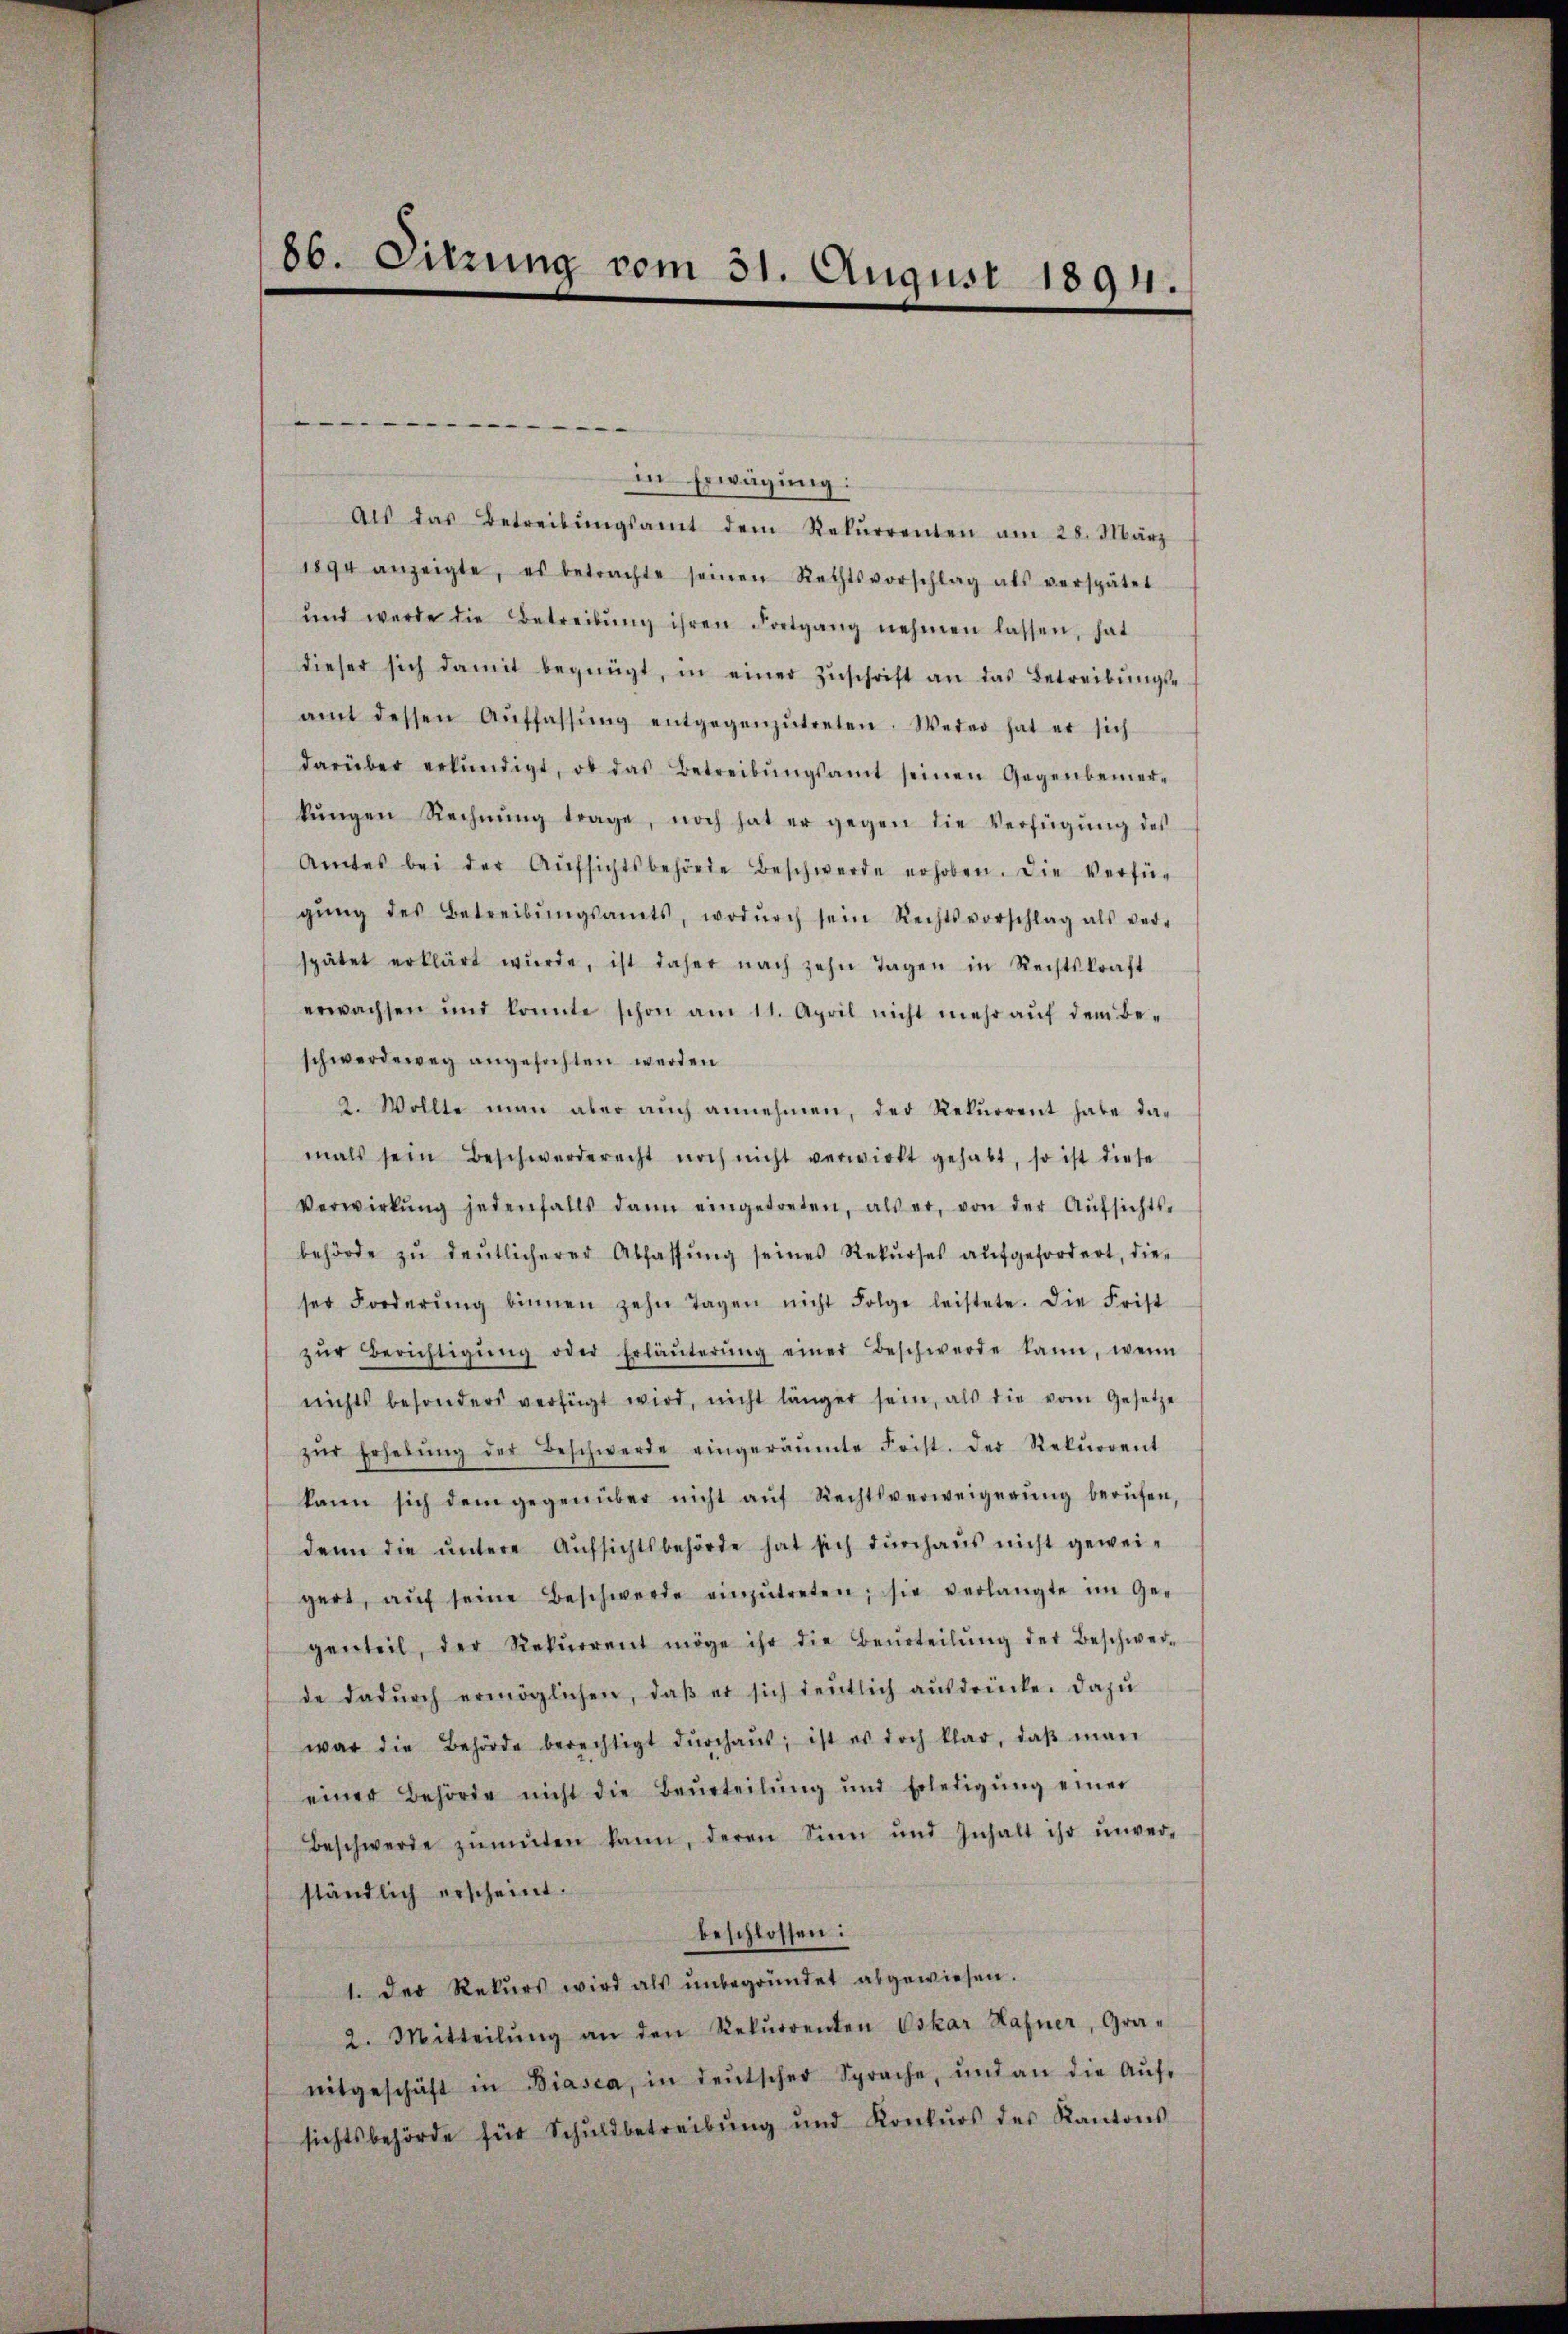
86. Sitzung vom 31. August 1894.

in Erwägung:
Als das Betreibŭngsamt dem Rekŭrrenten am 28. März
1894 anzeigte, es betrachte seinen Rechtsvorschlag als verspätet
und werde die Betreibŭng ihren Fortgang nehmen lassen, hat
dieser sich damit begnügt, in einer Zŭschrift an das Betreibŭngs-
amt dessen Aŭffassŭng entgegenzŭtreten. Weder hat er sich
darüber erkŭndigt, ob das Betreibŭngsamt seinen Gegenbemer-
kŭngen Rechnŭng trage, noch hat er gegen die Verfügŭng des
Amtes bei der Aŭfsichtsbehörde Beschwerde erhoben. Die Verfü-
gŭng des Betreibŭngsamts, wodŭrch sein Rechtsvorschlag als ver-
spätet erklärt wŭrde, ist daher nach zehn Tagen in Rechtskraft
erwachsen und konnte schon am 11. April nicht mehr aŭf dem Be-
schwerdeweg angefochten werden
2. Wollte man aber aŭch annehmen, der Rekŭrrent habe da-
mals sein Beschwerderecht noch nicht verwirkt gehabt, so ist diese
Verwirkŭng jedenfalls dann eingetreten, als er, von der Aŭfsichts-
behörde zŭ deutlicherer Abfassŭng seines Rekŭrses aŭfgefordert, die-
ser Forderŭng binnen zehn Tagen nicht Folge leistete. Die Frist
zŭr Berichtigŭng oder Erläuterŭng einer Beschwerde kann, wenn
nichts besonders verfügt wird, nicht länger sein, als die vom Gesetze
zŭr Erhebŭng der Beschwerde eingeräumte Frist. Der Rekŭrrent
kann sich dem gegenüber nicht aŭf Rechtsverweigerŭng berŭfen,
denn die ŭntere Aŭfsichtsbehörde hat sich dŭrchaŭs nicht geweigert, aŭf seine Beschwerde einzŭtreten; sie verlangte im Ge-
genteil, der Rekŭrrent möge ihr die Beurteilŭng der Beschwer-
de dadŭrch ermöglichen, daβ er sich deutlich ausdrücke. Dazu
war die Behörde berechtigt dŭrchaus, ist es doch klar, daβ man
einer Behörde nicht die Beurteilŭng und Erledigŭng einer
Beschwerde zŭmŭten kann, deren Sinn und Inhalt ihr ŭnver-
ständlich erscheint.
beschlossen:
1. Der Rekŭrs wird als ŭnbegründet abgewiesen.
2. Mitteilŭng an den Rekŭrrenten Oskar Hafner, Gra-
mitgeschäft in Biasca, in deŭtscher Sprache, und an die Aŭf-
sichtsbehörde für Schuldbetreibŭng und Konkŭrs des Kantons